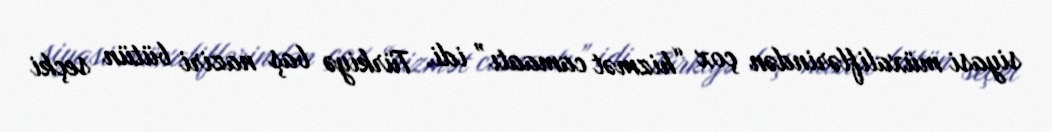
siyasi müxaliflərindən çox “hizmət camaatı” idi. Türkiyə baş naziri bütün seçki